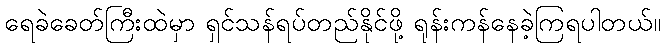
ရေခဲခေတ်ကြီးထဲမှာ ရှင်သန်ရပ်တည်နိုင်ဖို့ ရုန်းကန်နေခဲ့ကြရပါတယ်။